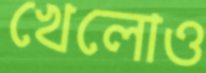
খেলোও